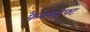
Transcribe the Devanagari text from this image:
फैबासोफ्ट